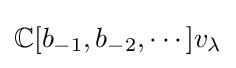
\mathbb {C} [b_{-1},b_{-2},\cdots ]v_{\lambda }